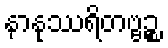
နာနုဿရိတဗ္ဗဉ္စ